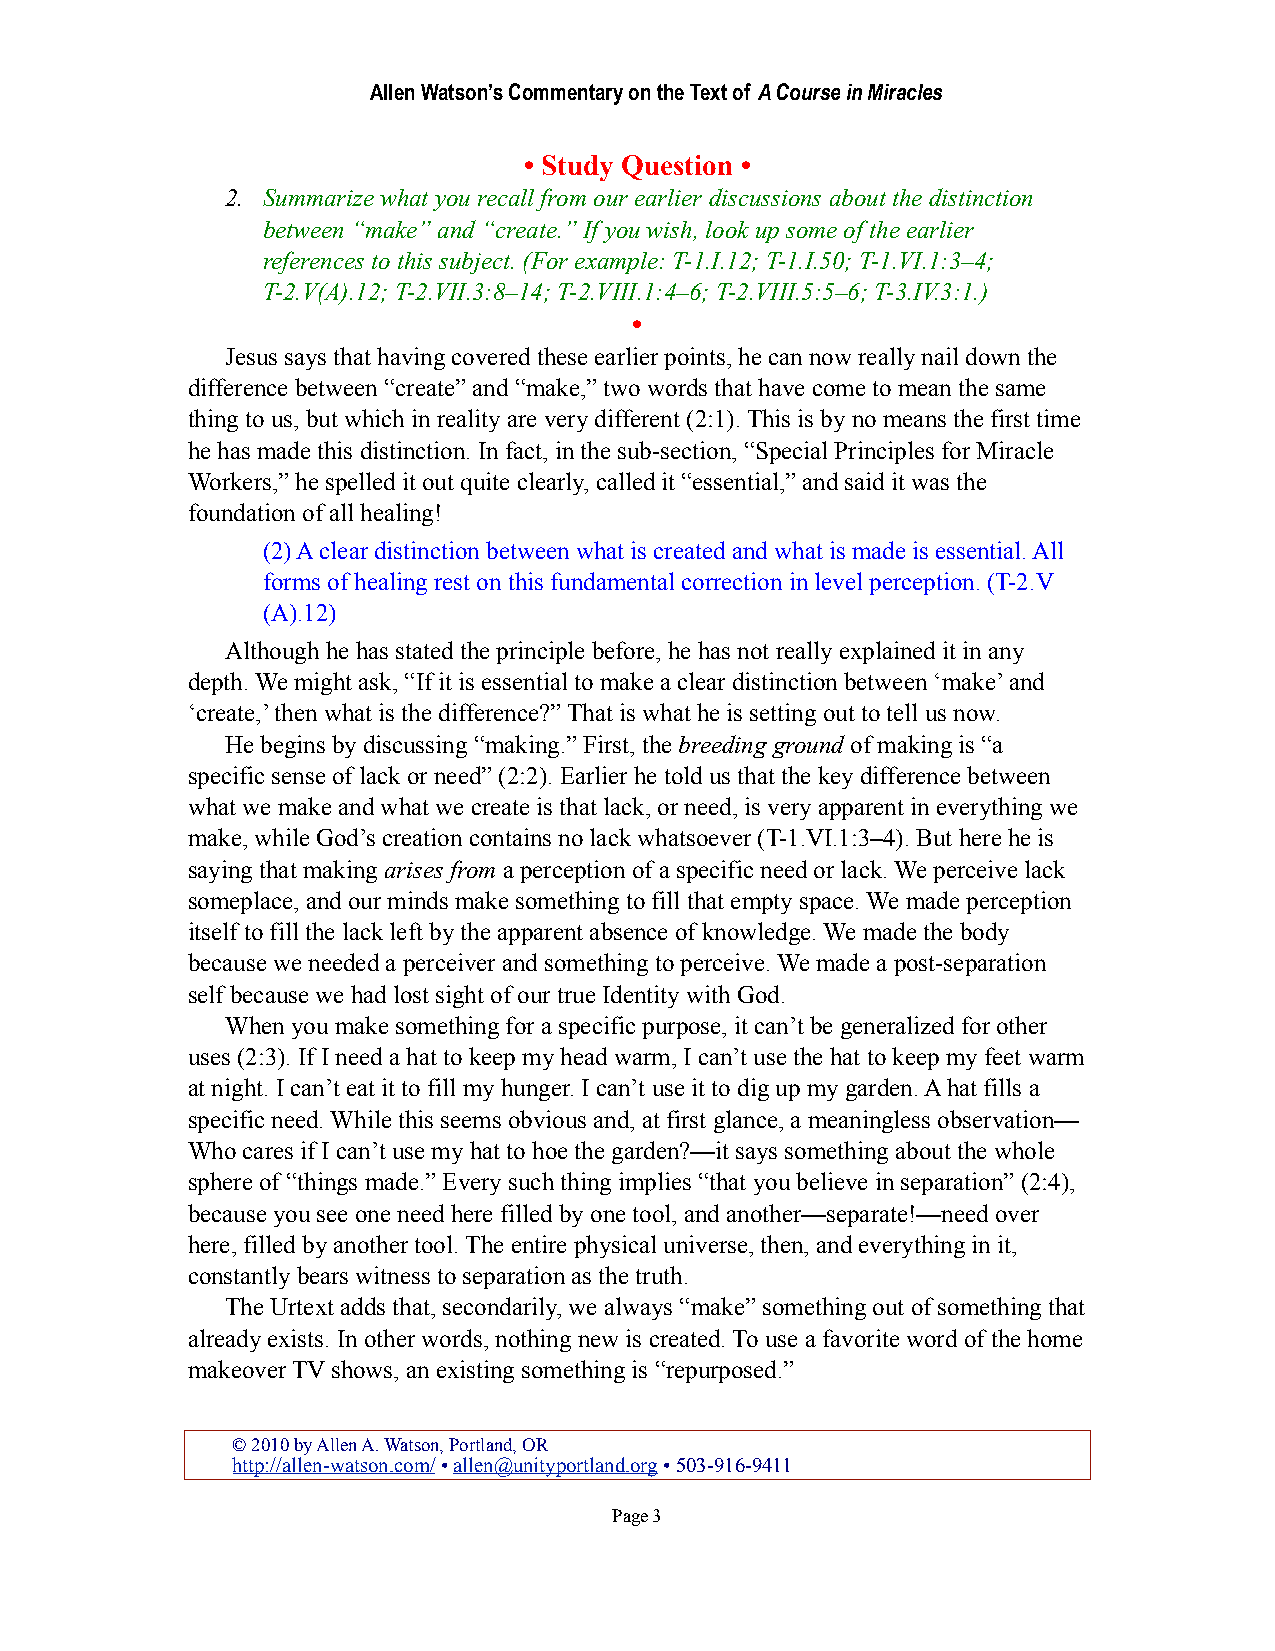
Allen Watson’s Commentary on the Text of A Course in Miracles
 • Study Question •
 2. Summarize what you recall from our earlier discussions about the distinction
 between “make” and “create.” If you wish, look up some of the earlier
 references to this subject. (For example: T-1.I.12; T-1.I.50; T-1.VI.1:3–4;
 T-2.V(A).12; T-2.VII.3:8–14; T-2.VIII.1:4–6; T-2.VIII.5:5–6; T-3.IV.3:1.)
 •
 Jesus says that having covered these earlier points, he can now really nail down the
 difference between “create” and “make,” two words that have come to mean the same
 thing to us, but which in reality are very different (2:1). This is by no means the first time
 he has made this distinction. In fact, in the sub-section, “Special Principles for Miracle
 Workers,” he spelled it out quite clearly, called it “essential,” and said it was the
 foundation of all healing!
 (2) A clear distinction between what is created and what is made is essential. All
 forms of healing rest on this fundamental correction in level perception. (T-2.V
 (A).12)
 Although he has stated the principle before, he has not really explained it in any
 depth. We might ask, “If it is essential to make a clear distinction between ‘make’ and
 ‘create,’ then what is the difference?” That is what he is setting out to tell us now.
 He begins by discussing “making.” First, the breeding ground of making is “a
 specific sense of lack or need” (2:2). Earlier he told us that the key difference between
 what we make and what we create is that lack, or need, is very apparent in everything we
 make, while God’s creation contains no lack whatsoever (T-1.VI.1:3–4). But here he is
 saying that making arises from a perception of a specific need or lack. We perceive lack
 someplace, and our minds make something to fill that empty space. We made perception
 itself to fill the lack left by the apparent absence of knowledge. We made the body
 because we needed a perceiver and something to perceive. We made a post-separation
 self because we had lost sight of our true Identity with God.
 When you make something for a specific purpose, it can’t be generalized for other
 uses (2:3). If I need a hat to keep my head warm, I can’t use the hat to keep my feet warm
 at night. I can’t eat it to fill my hunger. I can’t use it to dig up my garden. A hat fills a
 specific need. While this seems obvious and, at first glance, a meaningless observation—
 Who cares if I can’t use my hat to hoe the garden?—it says something about the whole
 sphere of “things made.” Every such thing implies “that you believe in separation” (2:4),
 because you see one need here filled by one tool, and another—separate!—need over
 here, filled by another tool. The entire physical universe, then, and everything in it,
 constantly bears witness to separation as the truth.
 The Urtext adds that, secondarily, we always “make” something out of something that
 already exists. In other words, nothing new is created. To use a favorite word of the home
 makeover TV shows, an existing something is “repurposed.”
 © 2010 by Allen A. Watson, Portland, OR
 http://allen-watson.com/ • allen@unityportland.org • 503-916-9411
 Page 3